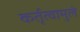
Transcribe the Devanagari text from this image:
कर्तृत्वामुले